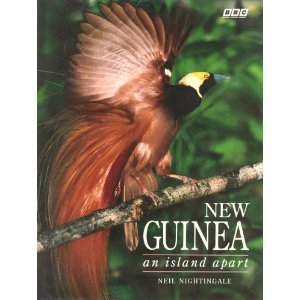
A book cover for New Guinea: An Island Apart; Neil Nightingale; Travel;